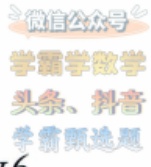
微信公众号
学霸学数学
头条、抖音
学霸题选题